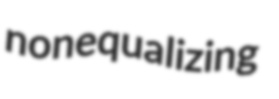
nonequalizing